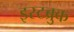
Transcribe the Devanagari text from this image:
इस्टब्रुक